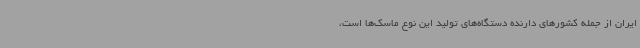
ایران از جمله کشورهای دارنده دستگاه‌های تولید این نوع ماسک‌ها است،